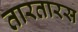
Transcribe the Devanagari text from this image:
तारतारस